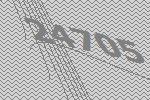
24705